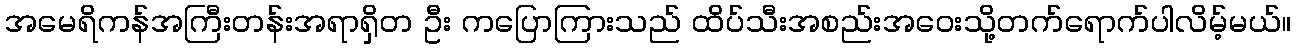
အမေရိကန်အကြီးတန်းအရာရှိတ ဦး ကပြောကြားသည် ထိပ်သီးအစည်းအဝေးသို့တက်ရောက်ပါလိမ့်မယ်။